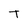
Character: T